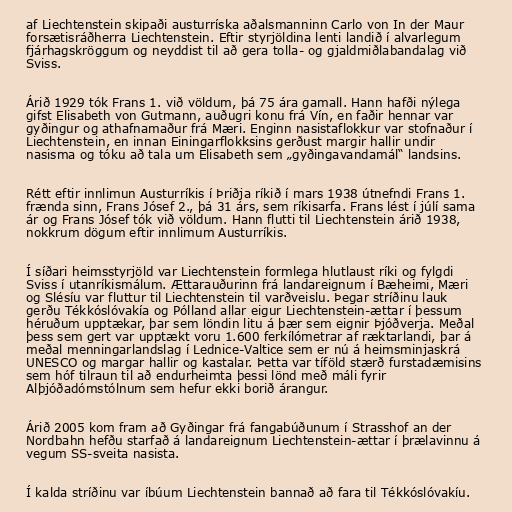
af Liechtenstein skipaði austurríska aðalsmanninn Carlo von In der Maur
forsætisráðherra Liechtenstein. Eftir styrjöldina lenti landið í alvarlegum
fjárhagskröggum og neyddist til að gera tolla- og gjaldmiðlabandalag við
Sviss.

Árið 1929 tók Frans 1. við völdum, þá 75 ára gamall. Hann hafði nýlega
gifst Elisabeth von Gutmann, auðugri konu frá Vín, en faðir hennar var
gyðingur og athafnamaður frá Mæri. Enginn nasistaflokkur var stofnaður í
Liechtenstein, en innan Einingarflokksins gerðust margir hallir undir
nasisma og tóku að tala um Elisabeth sem „gyðingavandamál“ landsins.

Rétt eftir innlimun Austurríkis í Þriðja ríkið í mars 1938 útnefndi Frans 1.
frænda sinn, Frans Jósef 2., þá 31 árs, sem ríkisarfa. Frans lést í júlí sama
ár og Frans Jósef tók við völdum. Hann flutti til Liechtenstein árið 1938,
nokkrum dögum eftir innlimum Austurríkis.

Í síðari heimsstyrjöld var Liechtenstein formlega hlutlaust ríki og fylgdi
Sviss í utanríkismálum. Ættarauðurinn frá landareignum í Bæheimi, Mæri
og Slésíu var fluttur til Liechtenstein til varðveislu. Þegar stríðinu lauk
gerðu Tékkóslóvakía og Pólland allar eigur Liechtenstein-ættar í þessum
héruðum upptækar, þar sem löndin litu á þær sem eignir Þjóðverja. Meðal
þess sem gert var upptækt voru 1.600 ferkílómetrar af ræktarlandi, þar á
meðal menningarlandslag í Lednice-Valtice sem er nú á heimsminjaskrá
UNESCO og margar hallir og kastalar. Þetta var tíföld stærð furstadæmisins
sem hóf tilraun til að endurheimta þessi lönd með máli fyrir
Alþjóðadómstólnum sem hefur ekki borið árangur.

Árið 2005 kom fram að Gyðingar frá fangabúðunum í Strasshof an der
Nordbahn hefðu starfað á landareignum Liechtenstein-ættar í þrælavinnu á
vegum SS-sveita nasista.

Í kalda stríðinu var íbúum Liechtenstein bannað að fara til Tékkóslóvakíu.